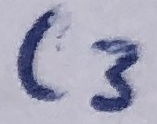
Text: C3